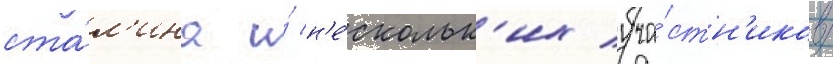
ста́л'ина и́ н'е́скольк'их уча́стн'иков